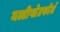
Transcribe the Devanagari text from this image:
मल्टीप्लेटफॉर्म